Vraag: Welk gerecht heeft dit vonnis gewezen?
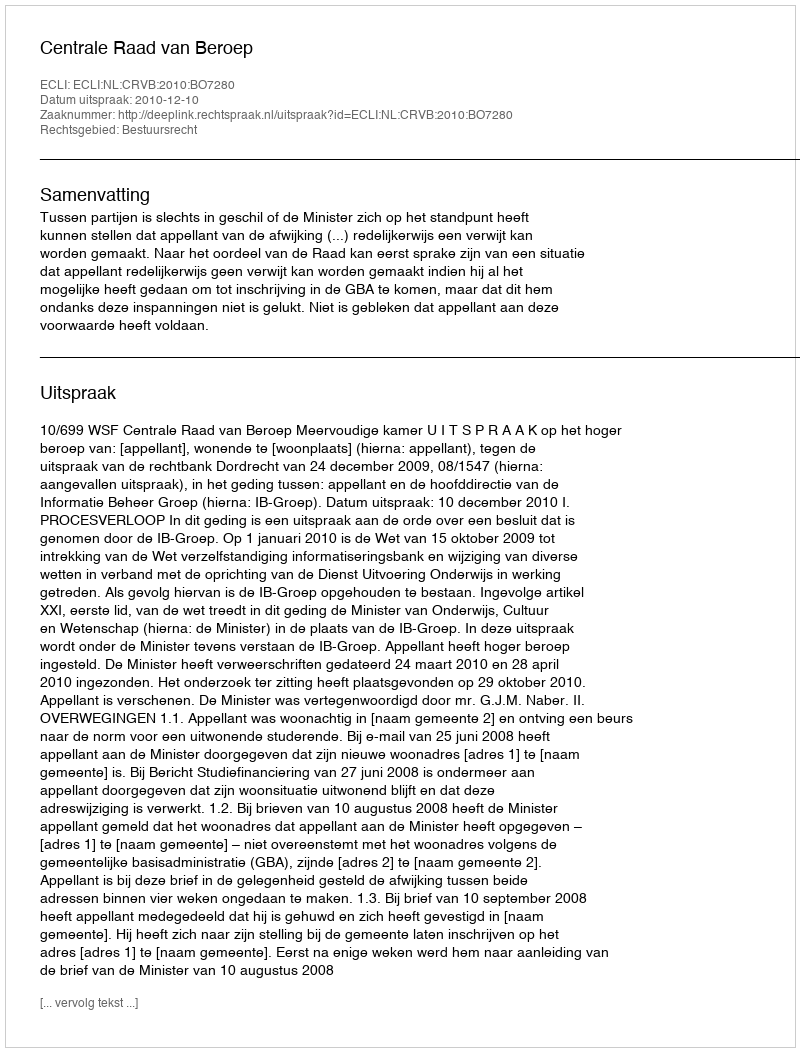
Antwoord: Centrale Raad van Beroep